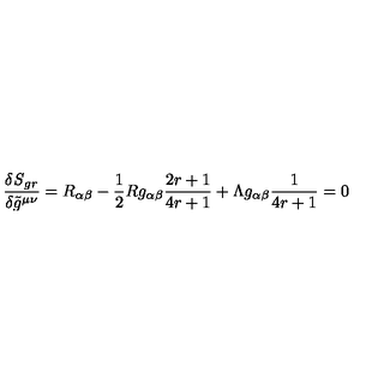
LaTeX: \frac { \delta { \it S } _ { g r } } { \delta \tilde { g } ^ { \mu \nu } } = R _ { \alpha \beta } - \frac { 1 } { 2 } R g _ { \alpha \beta } \frac { 2 r + 1 } { 4 r + 1 } + \Lambda g _ { \alpha \beta } \frac { 1 } { 4 r + 1 } = 0